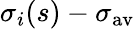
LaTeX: \sigma_{i}(s)-\sigma_{\mathrm{av}}